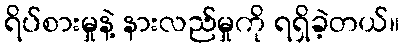
ရိပ်စားမှုနဲ့ နားလည်မှုကို ရရှိခဲ့တယ်။